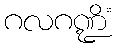
ဂလဂဏ္ဍိံ